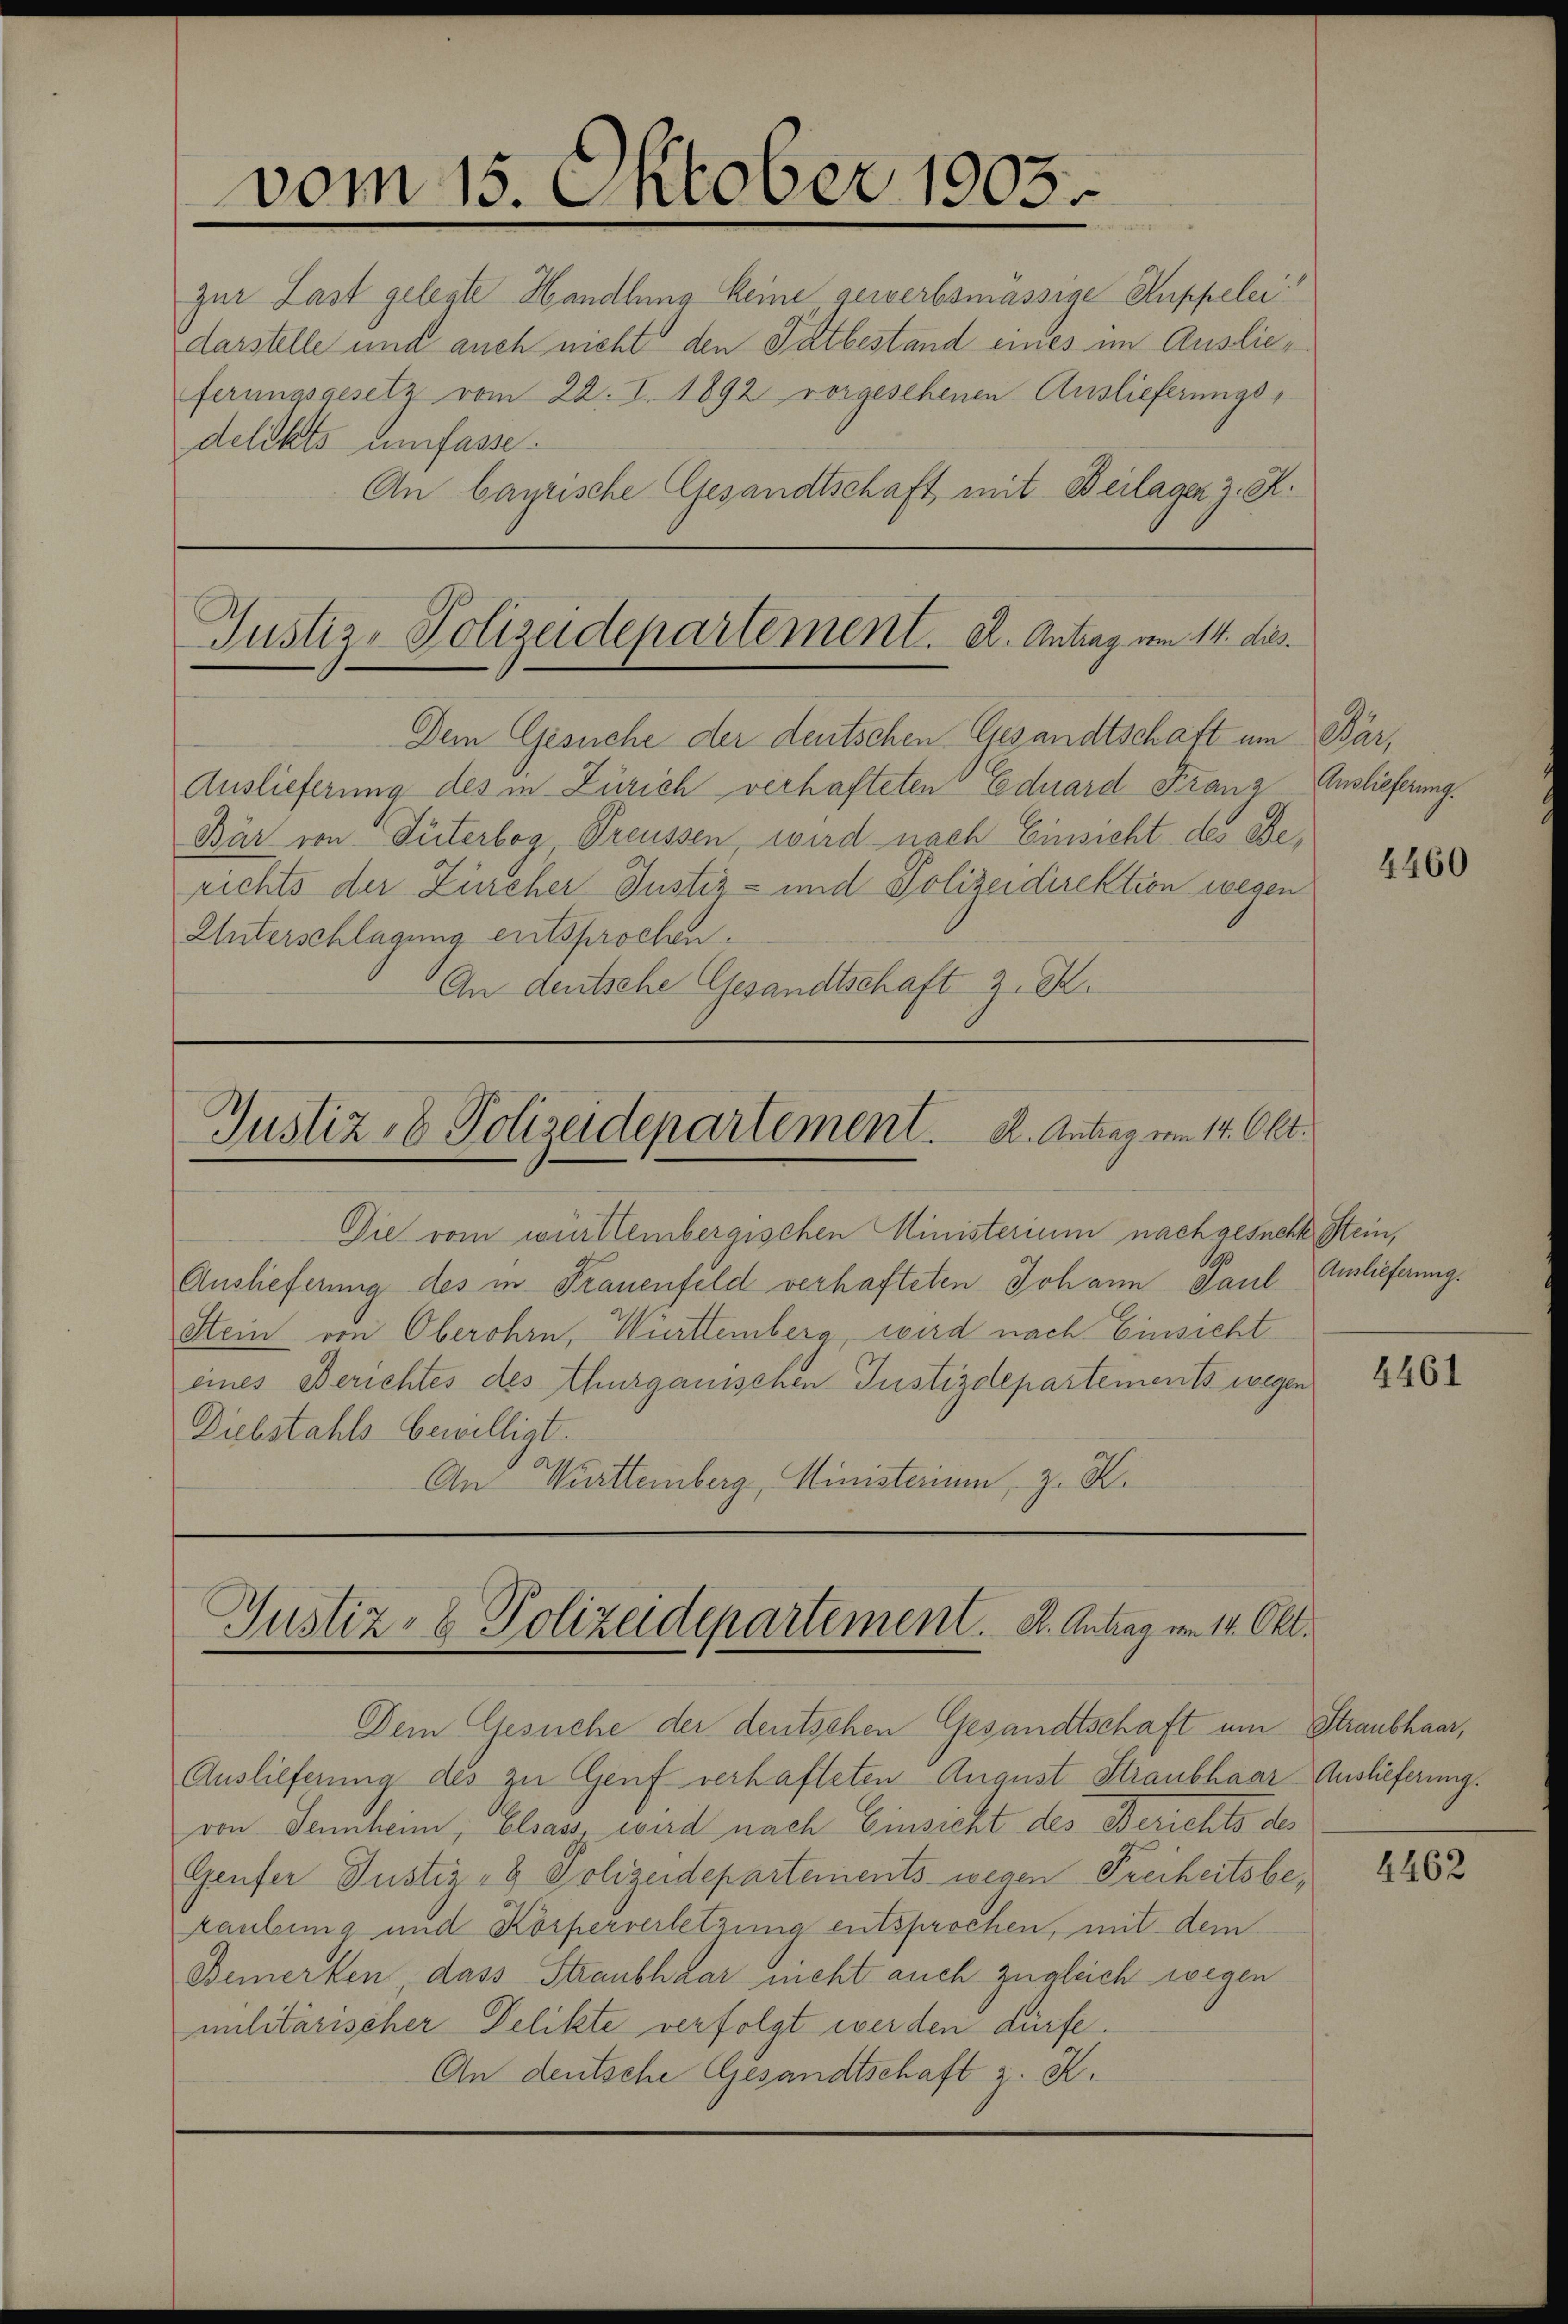
vom 15. Oktober 1903.

zur Last gelegte Handlung keine gewerbsmassige Kuppelei
darstelle und auch nicht den Tatbestand eines im Auslieferungsgesetz vom 22. I. 1892 vorgesehenen Auslieferungsdelikts umfasse.
An bayrische Gesandtschaft mit Beilager z. K.

Justiz-Polizeidepartement. A. Antrag vom 14. dies.
Dem Gesuche der deutschen Gesandtschaft um Bär,

Justiz- & Polizeidepartement. A. Antrag vom 14. Okt.

Auslieferung des in Zürich verhafteten Eduard Franz Auslieferung.
Bär von Güterbog Preussen wird nach Einsicht des Berichts der Zürcher Justiz- und Polizeidirektion wegen
Unterschlagung entsprochen.
An deutsche Gesandtschaft z. B.

Die vom württembergischen Ministerium nachgesuchte Stein,
Auslieferung des in Frauenfeld verhafteten Johann Paul
Stein von Oberohrn, Württemberg, wird nach Einsicht
eines Berichtes des Thurgauischen Justizdepartements wegen
Diebstahls bewilligt.
An Württemberg, Ministerium, z. K.

Justiz- & Polizeidepartement. A. Antrag vom 14. Okt.

Dem Gesuche der deutschen Gesandtschaft um Straubhaar,
Auslieferung des zu Genf verhafteten August Straubhaar Auslieferung.
von Sennheim, Elsass, wird nach Einsicht des Berichts des
Genfer Justiz- & Polizeidepartements wegen Freiheitsbe¬
Laubung und Körperverletzung entsprochen, mit dem
Bemerken, dass Straubhaar nicht auch zugleich wegen
militärischer Delikte verfolgt werden dürfe.
An deutsche Gesandtschaft z. K.

4460

Auslieferung.

4461

4462